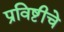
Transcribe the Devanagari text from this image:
प्रविष्टीचे